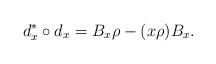
LaTeX: \begin{align*}d_x^* \circ d_x = B_x \rho - (x\rho) B_x.\end{align*}